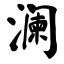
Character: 澜